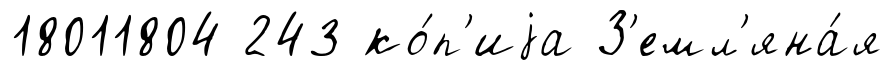
18011804 243 ко́п'иjа З'емл'яна́я